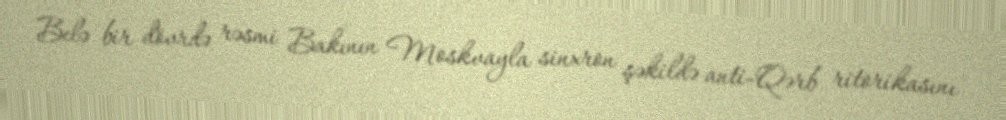
Belə bir dövrdə rəsmi Bakının Moskvayla sinxron şəkildə anti-Qərb ritorikasını